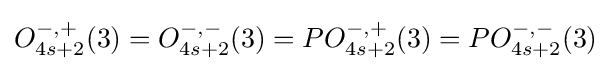
O_{4s+2}^{-,+}(3)=O_{4s+2}^{-,-}(3)=PO_{4s+2}^{-,+}(3)=PO_{4s+2}^{-,-}(3)